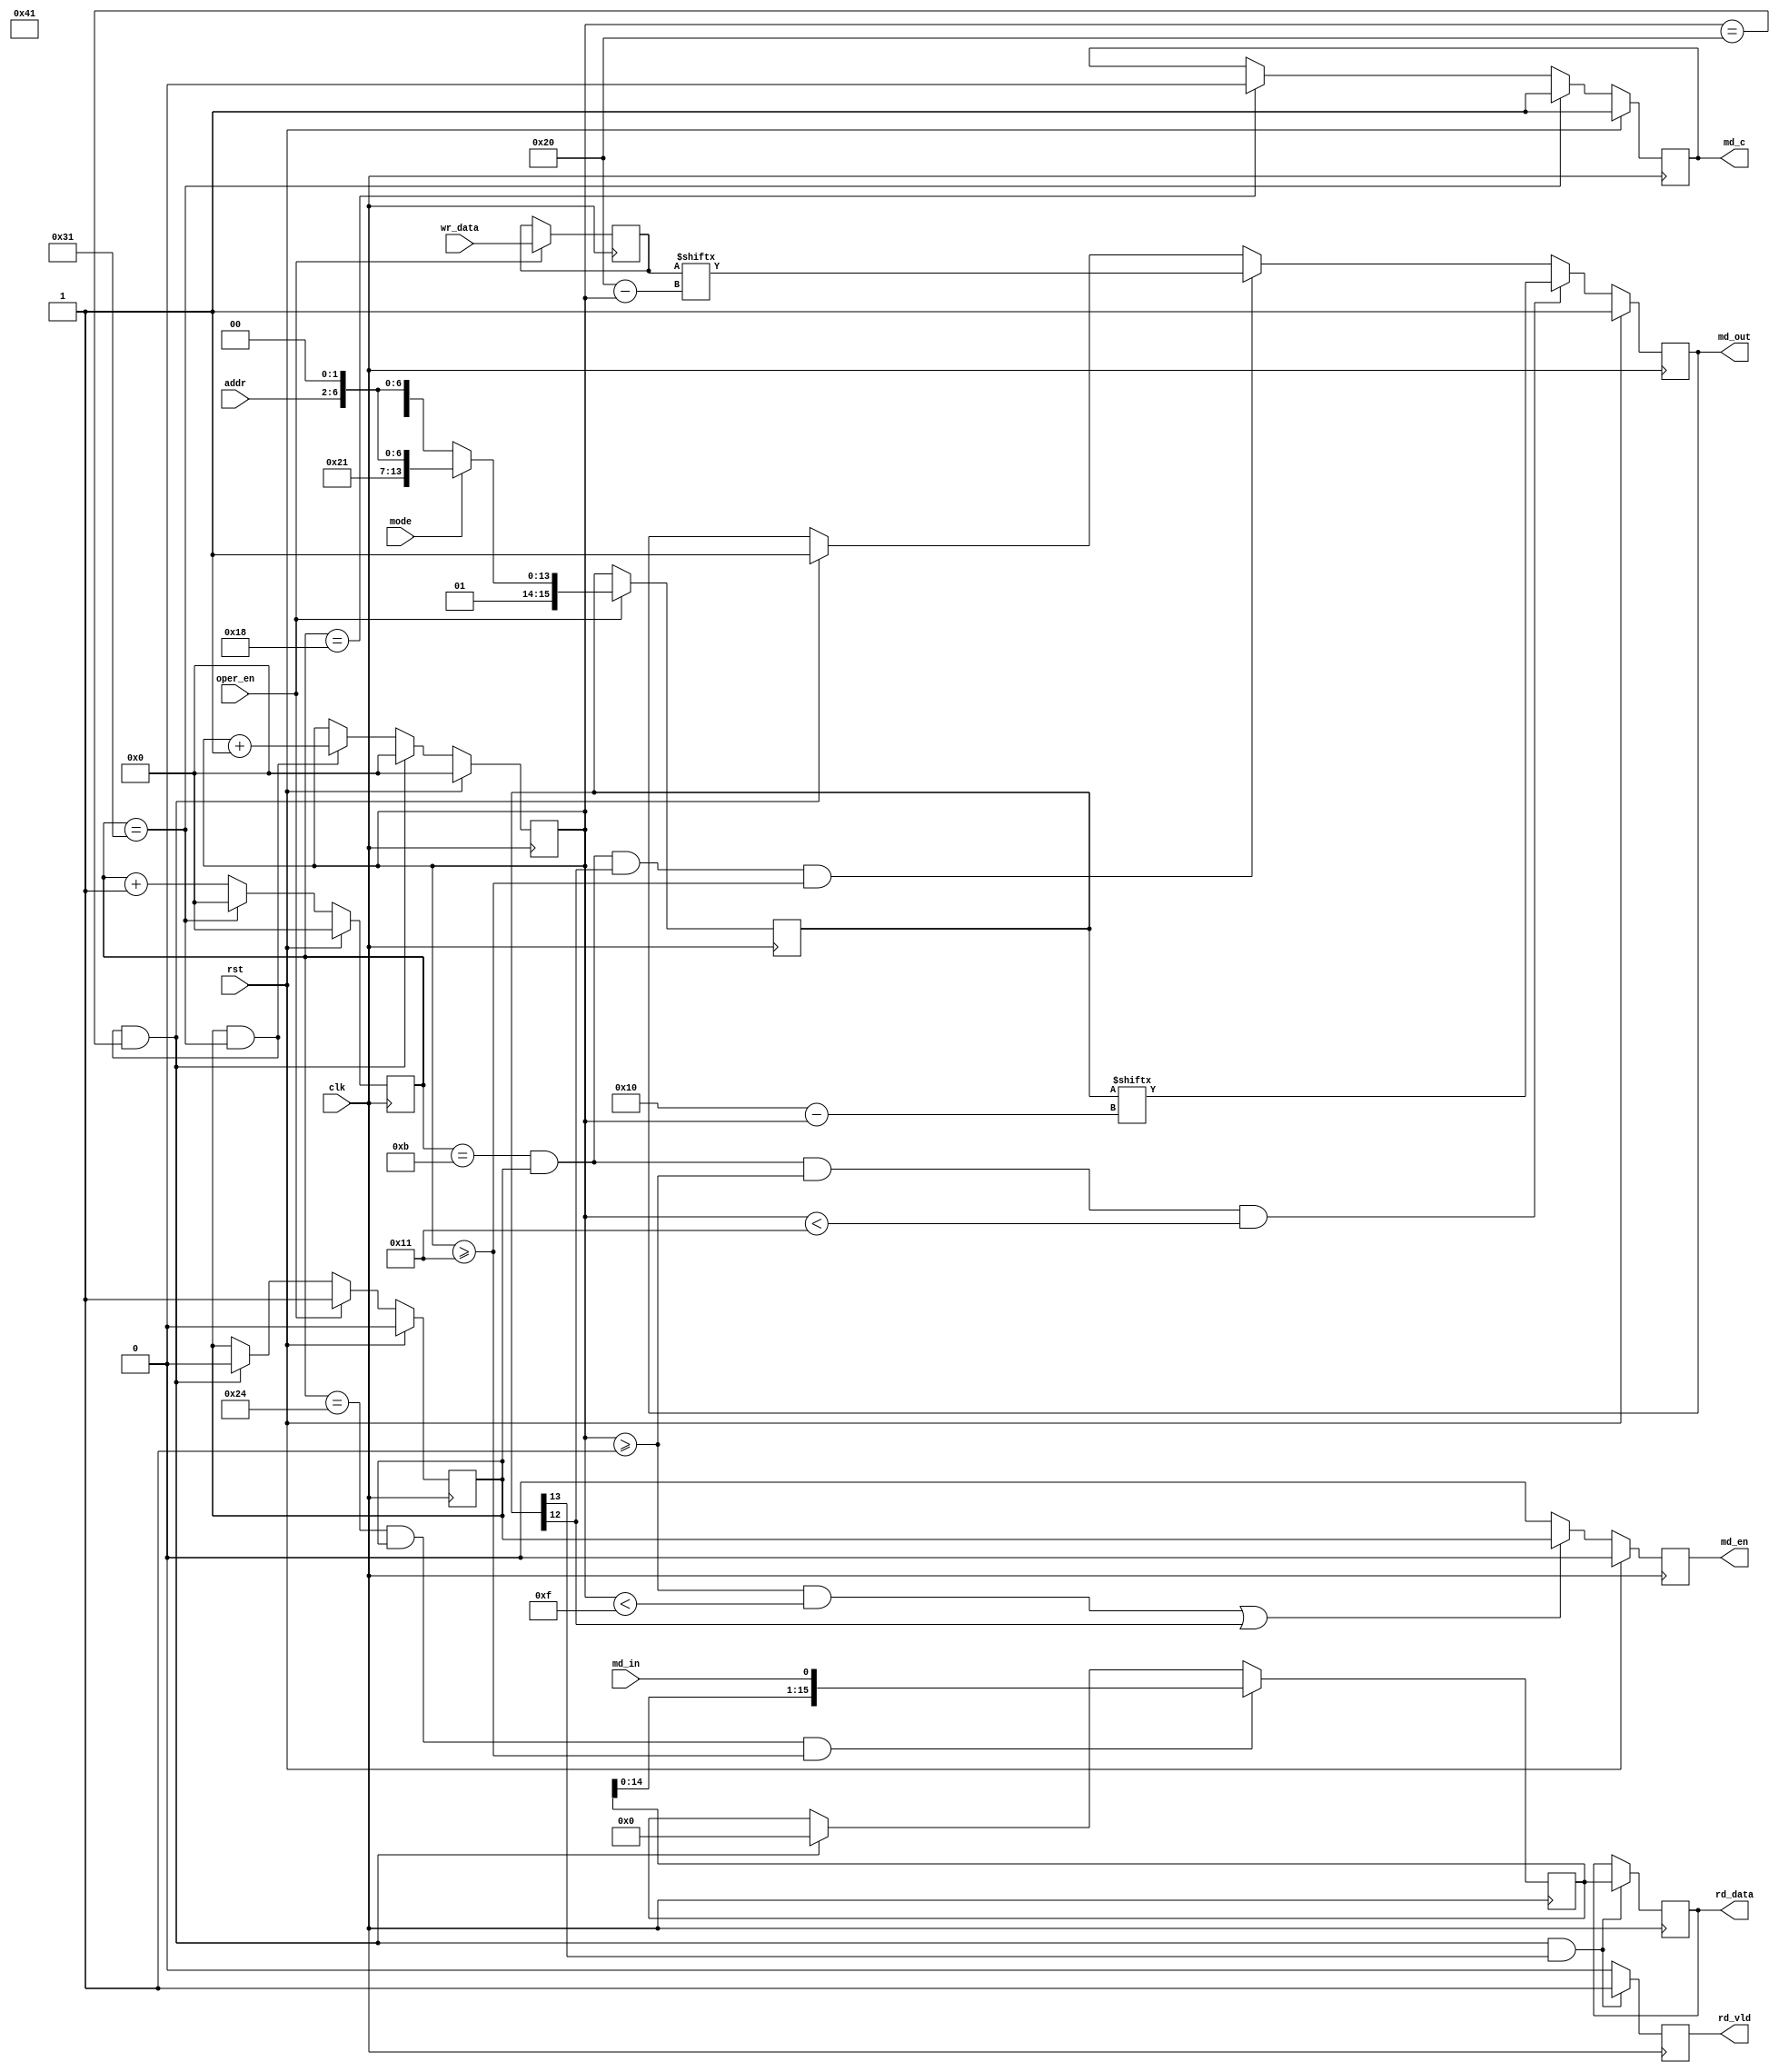
module smi(
        input                       clk     ,
        input                       rst     ,
        input                       oper_en ,
        input                       mode    ,
        input           [4:0]       addr    ,
        input           [15:0]      wr_data ,
        output  reg                 md_en   ,
        output  reg     [15:0]      rd_data ,
        output  reg                 rd_vld  ,
        input                       md_in   ,
        output  reg                 md_out  ,
        output  reg                 md_c
    );
    localparam  cycle       =   50      ,
                operate     =   33      ,
                phy_addr    =   5'd1    ,
                wr_start    =   4'b0101 ,
                rd_start    =   4'b0110 ;
    reg     [5:0]       cnt_cycle       ;
    reg     [5:0]       cnt_oper        ;
    reg     [15:0]      start           ;
    reg     [15:0]      rd_data_tmp     ;
    reg     [15:0]      wr_data_tmp     ;
    reg                 oper_flag       ;
    wire                  high_mid; 
    wire                  low_mid;
    always @(posedge clk)begin
        if(rst)
            cnt_cycle <= 6'd0;
        else
        if(end_cycle)
            cnt_cycle <= 6'd0;
        else
        if(add_cycle)
            cnt_cycle <= cnt_cycle + 1'b1;
    end
    assign add_cycle = 1                                                ;
    assign end_cycle = add_cycle & cnt_cycle == cycle - 1               ;
    assign mid_cycle = add_cycle & cnt_cycle == 25 - 1                  ;
    assign high_mid  = add_cycle & cnt_cycle == 12 - 1 & oper_flag      ;
    assign low_mid   = add_cycle & cnt_cycle == 37 - 1 & oper_flag      ;
    
    always @(posedge clk)begin
        if(rst)
            md_c <= 1'b1;
        else
        if(end_cycle)
            md_c <= 1'b1;
        else
        if(mid_cycle)
            md_c <= 1'b0;
    end
    
    always @(posedge clk)begin
        if(rst)
            cnt_oper <= 6'd0;
        else
        if(end_oper)
            cnt_oper <= 6'd0;
        else
        if(add_oper)
            cnt_oper <= cnt_oper + 1'b1;
    end
    assign add_oper = oper_flag & end_cycle                ;
    assign end_oper = add_oper & cnt_oper == operate - 1   ;    
        
    always @(posedge clk)begin
        if(rst)
            oper_flag <= 1'b0;
        else  
        if(oper_en)
            oper_flag <= 1'b1;
        else
        if(end_oper)
            oper_flag <= 1'b0;
    end
    
    always @(posedge clk)begin
        if(oper_en)begin    
            wr_data_tmp <= wr_data;
            if(mode)
                start <= {wr_start, phy_addr, addr, 2'b00};
            else
                start <= {rd_start, phy_addr, addr, 2'b00};
        end
    end
    always @(posedge clk)begin
        if(rst)
            md_out <= 1'b1;
        else      
        if(high_mid & cnt_oper >= 1 & cnt_oper < 17)
            md_out <= start[16 - cnt_oper];
        else
        if(high_mid & start[12] & cnt_oper >= 17)
            md_out <= wr_data_tmp[32-cnt_oper];
        else
        if(end_oper)
            md_out <= 1'b1;
    end
    always @(posedge clk)begin
        if(rst)
            md_en <= 1'b0;
        else      
        if((cnt_oper >= 1 & cnt_oper < 15) || start[12])
            md_en <= oper_flag;
        else
            md_en <= 1'b0;
    end    
    always @(posedge clk)begin
        if(low_mid & cnt_oper >= 17)
            rd_data_tmp <= {rd_data_tmp[14:0], md_in};
        else
        if(end_oper)
            rd_data_tmp <= 16'd0;
    end
    
    always @(posedge clk)begin
        if(end_oper & start[13])
            rd_data <= rd_data_tmp  ;
    end
    always @(posedge clk)begin
        if(end_oper & start[13])
            rd_vld  <= 1'b1         ;
        else 
            rd_vld  <= 1'b0         ; 
    end     
    
endmodule